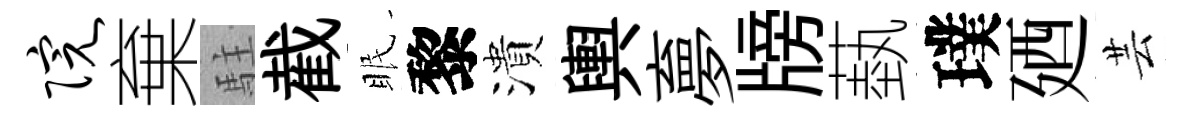
院棄駐截眠黎潰輿夣牓蓺璞廼芸